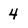
Character: 4